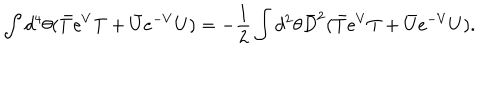
LaTeX: \int d ^ { 4 } \theta ( \bar { T } e ^ { V } T + \bar { U } e ^ { - V } U ) = - \frac { 1 } { 2 } \int d ^ { 2 } \theta \bar { D } ^ { 2 } ( \bar { T } e ^ { V } T + \bar { U } e ^ { - V } U ) .